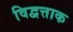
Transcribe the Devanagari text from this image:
विद्वत्ताक